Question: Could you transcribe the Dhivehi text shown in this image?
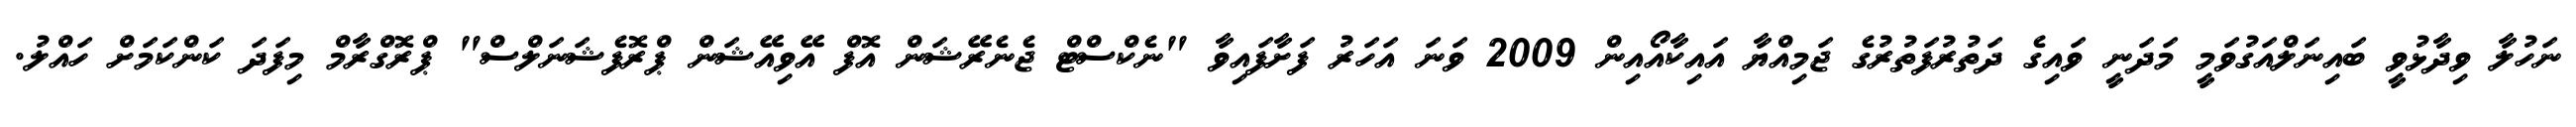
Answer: ނަހުލާ ވިދާޅުވީ ބައިނަލްއަގުވަމީ މަދަނީ ވައިގެ ދަތުރުފަތުރުގެ ޖަމިއްޔާ އައިކާއޯއިން 2009 ވަނަ އަހަރު ފަށާފައިވާ "ނެކްސްޓް ޖެނެރޭޝަން އޮފް އޭވިއޭޝަން ޕްރޮފެޝަނަލްސް" ޕްރޮގްރާމް މިފަދަ ކަންކަމަށް ހައްލު.